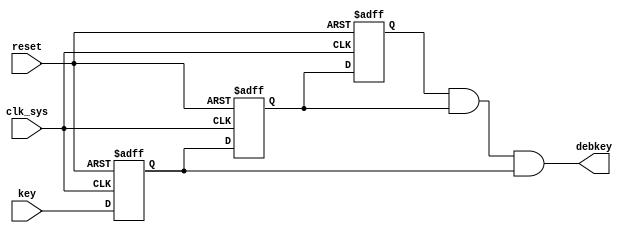
`timescale 1ns / 1ps


module key(

input clk_sys,
    input reset,
    input key,
    output debkey
    );

	reg key_rrr,key_rr,key_r;
	always @(posedge clk_sys or negedge reset) //
		if(!reset)
			begin
				key_rrr <= 1'b1;
				key_rr <= 1'b1;
				key_r <= 1'b1;
			end
		else
			begin
				key_rrr <= key_rr;
				key_rr <= key_r;
				key_r <= key;
			end
	//---------------------------------------------------------------	
	assign debkey = key_rrr & key_rr & key_r;
endmodule